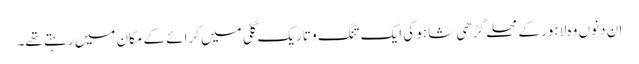
ان دنوں وہ لاہور کے محلے گڑھی شاہو کی ایک تنگ و تاریک گلی میں کرائے کے مکان میں رہتے تھے۔